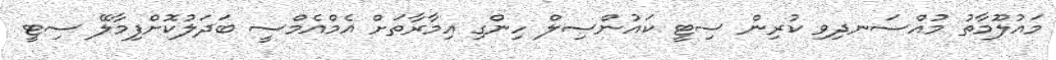
މައުލޫމާތު މުއްސަނދިވި ކުރިން ސިޓީ ކައުންސިލް ހިންގި އިމާރާތަށް އެމްއެމްސީ ބަދަލުކޮށްފިމާލޭ ސިޓީ